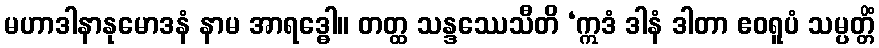
မဟာဒါနာနုမောဒနံ နာမ အာရဒ္ဓေါ။ တတ္ထ သန္ဒဿေသီတိ ‘ဣဒံ ဒါနံ ဒါတာ ဧဝရူပံ သမ္ပတ္တိံ